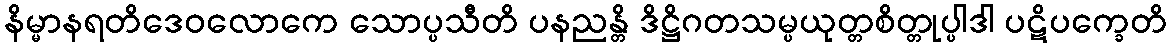
နိမ္မာနရတိဒေဝလောကေ သောပ္ပသီတိ ပနညန္တိ ဒိဋ္ဌိဂတသမ္ပယုတ္တစိတ္တုပ္ပါဒါ ပဋိပက္ခေတိ